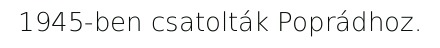
1945-ben csatolták Poprádhoz.